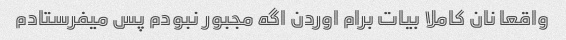
واقعا نان کاملا بیات برام اوردن اگه مجبور نبودم پس میفرستادم